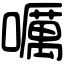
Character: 𡂖